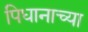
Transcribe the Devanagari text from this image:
पिधानाच्या